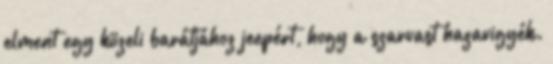
elment egy közeli barátjához jeep­ért, hogy a szarvast hazavigyék.